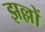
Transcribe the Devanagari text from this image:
झल्लों